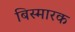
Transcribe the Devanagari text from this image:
बिस्मारक